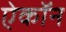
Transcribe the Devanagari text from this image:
ऐकॉन